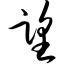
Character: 望